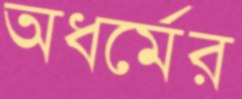
অধর্মের